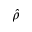
\hat { \rho }